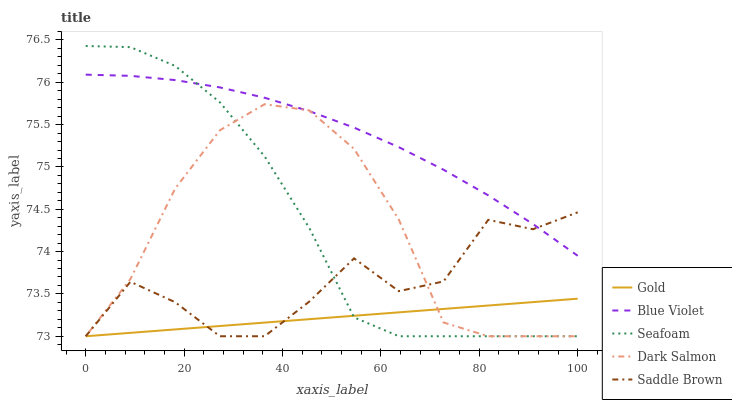
| xaxis_label | Gold | Blue Violet | Seafoam | Dark Salmon | Saddle Brown |
 | --- | --- | --- | --- | --- | --- |
 | 0 | 73 | 76.1 | 76.4 | 73 | 73 |
 | 9.09 | 73 | 76.1 | 76.4 | 73.7 | 73.6 |
 | 18.2 | 73.1 | 76 | 76.2 | 74.7 | 73.4 |
 | 27.3 | 73.1 | 75.9 | 75.8 | 75.4 | 73 |
 | 36.4 | 73.2 | 75.8 | 75.1 | 75.7 | 73 |
 | 45.5 | 73.2 | 75.7 | 74.3 | 75.7 | 73.4 |
 | 54.5 | 73.2 | 75.5 | 73.2 | 75.2 | 73.9 |
 | 63.6 | 73.3 | 75.2 | 73 | 74.4 | 73.5 |
 | 72.7 | 73.3 | 75 | 73 | 73.2 | 73.6 |
 | 81.8 | 73.4 | 74.7 | 73 | 73 | 74.4 |
 | 90.9 | 73.4 | 74.3 | 73 | 73 | 74.3 |
 | 100 | 73.4 | 74 | 73 | 73 | 74.5 |